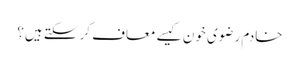
خادم رضوی خون کیسے معاف کر سکتے ہیں؟